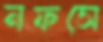
নফসে